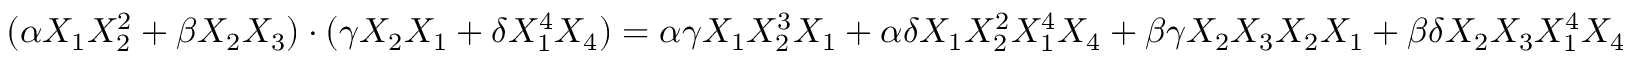
( \alpha X _ { 1 } X _ { 2 } ^ { 2 } + \beta X _ { 2 } X _ { 3 } ) \cdot ( \gamma X _ { 2 } X _ { 1 } + \delta X _ { 1 } ^ { 4 } X _ { 4 } ) = \alpha \gamma X _ { 1 } X _ { 2 } ^ { 3 } X _ { 1 } + \alpha \delta X _ { 1 } X _ { 2 } ^ { 2 } X _ { 1 } ^ { 4 } X _ { 4 } + \beta \gamma X _ { 2 } X _ { 3 } X _ { 2 } X _ { 1 } + \beta \delta X _ { 2 } X _ { 3 } X _ { 1 } ^ { 4 } X _ { 4 }